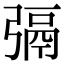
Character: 㣂